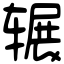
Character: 辗